Report on vaccination in the Province of Bengal - 1874-1889
Year: 1874
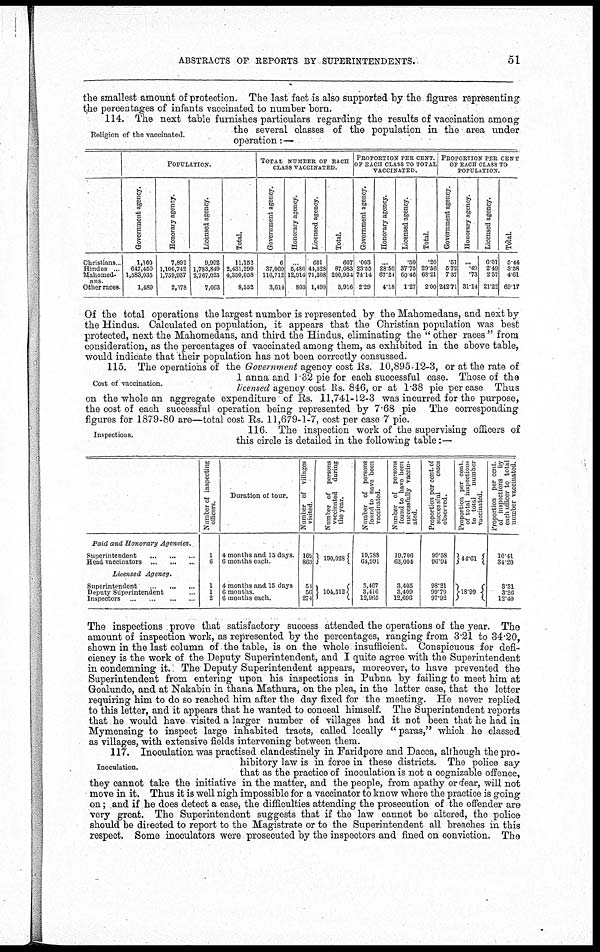
ABSTRACTS OF REPORTS BY SUPERINTENDENTS.
51
the smallest amount of protection. The last fact is also supported by the figures representing
the percentages of infants vaccinated to number born.
Religion of the vaccinated.
114. The next table furnishes particulars regarding the results of vaccination among
the several classes of the population in the area under
operation:—
Christians...
Hindus ...
Mahomed.
Other races.
POPULATION.
Government agency.
1,160
647,450
1,583,035
1,489
Honorary agency.
7,892
1,106,742
1,759,937
2,578
Licensed agency.
9,992
1,783,849
2,767,023
7,063
Total.
11,152
2,431,299
4,350,058
8,552
TOTAL NUMBER OF EACH
CLASS VACCINATED.
Government agency.
6
37,069
116,712
3,614
Honorary agency.
...
5,486
12,914
803
Licensed agency.
601
44,528
71,308
1,499
Total.
607
87,083
200,934
5,916
PROPORTION PER CENT.
OF EACH CLASS TO TOTAL
VACCINATED.
Government agency.
.003
23.55
74.14
2.29
Honorary agency.
..
28.56
67.24
4.18
Licensed agency.
.50
37.75
60.46
1.27
Total.
.20
29.56
68.21
2.00
PROPORTION PER CENT
OF EACH CLASS TO
POPULATION.
Government agency.
.51
5.72
7.37
242.71
Honorary agency.
...
.49
.73
31.14
Licensed agency.
6.01
2.49
2.57
21.22
Total.
5.44
3.58
4.61
69.17
Of the total operations the largest number is represented by the Mahomedans, and next by
the Hindus. Calculated on population, it appears that the Christian population was best
protected, next the Mahomedans, and third the Hindus, eliminating the " other races " from
consideration, as the percentages of vaccinated among them, as exhibited in the above table,
would indicate that their population has not been correctly censussed.
Cost of vaccination.
115. The operations of the Government agency cost Rs. 10,895.12-3, or at the rate of
1 anna and 1.32 pie for each successful case. Those of the
licensed agency cost Rs. 846, or at 1.38 pie per case Thus
on the whole an aggregate expenditure of Rs. 11,741-12-3 was incurred for the purpose,
the cost of each successful operation being represented by 7.68 pie The corresponding
figures for 1879-80 are—total cost Rs. 11,679-1-7, cost per case 7 pie.
Inspections.
116. The inspection work of the supervising officers of
this circle is detailed in the following table:—
Paid and Honorary Agencies.
Superintendent
...
...
...
Head vaccinators
...
...
...
Licensed
Agency.
Superintendent
...
...
...
Deputy Superintendent ...
Inspectors
...
...
...
...
Number of inspecting
officers.
1
6
1
1
2
Duration of tour.
4 months and 15 days.
6 months each.
4 months and 15 days
6 months.
6 months each.
Number of villages
visited.
169
863
51
56
274
Number of persons
vaccinated during
the year.
190,028
104,512
Number of persons
found to nave been
vaccinated.
19,788
64,991
3,467
3,416
12,965
Number of persons
found to have been
successfully vaccin-
ated.
19,706
63,004
3,405
3,409
12,696
Proportion per cent. of
successful
cases
observed.
99.58
96.94
98.21
99.79
97.92
Proportion per cent
of total inspections
to total
number
vaccinated.
44.61
18.99
Proportion per cent
of inspections by
each officer to total
number vaccinated.
10.41
34.20
3.31
3.26
12.40
The inspections prove that satisfactory success attended the operations of the year. The
amount of inspection work, as represented by the percentages, ranging from 3.21 to 34.20,
shown in the last column of the table, is on the whole insufficient. Conspicuous for defi-
ciency is the work of the Deputy Superintendent, and I quite agree with the Superintendent
in condemning it.: The Deputy Superintendent appears, moreover, to have prevented the
Superintendent from entering upon his inspections in Pubna by failing to meet him at
Goalundo, and at Nakabin in thana Mathura, on the plea, in the latter case, that the letter
requiring him to do so reached him after the day fixed for the meeting. He never replied
to this letter, and it appears that he wanted to conceal himself. The Superintendent reports
that he would have visited a larger number of villages had it not been that he had in
Mymensing to inspect large inhabited tracts, called locally "paras," which he classed
as villages, with extensive fields intervening between them.
Inoculation.
117. Inoculation was practised clandestinely in Faridpore and Dacca, although the pro-
hibitory law is in force in these districts. The police say
that as the practice of inoculation is not a cognizable offence,
they cannot take the initiative in the matter, and the people, from apathy or fear, will not
move in it. Thus it is well nigh impossible for a vaccinator to know where the practice is going
on; and if he does detect a case, the difficulties attending the prosecution of the offender are
very great. The Superintendent suggests that if the law cannot be altered, the police
should be directed to report to the Magistrate or to the Superintendent all breaches in this
respect. Some inoculators were prosecuted by the inspectors and fined on conviction. The